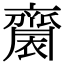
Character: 𪗋